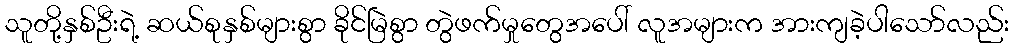
သူတို့နှစ်ဦးရဲ့ ဆယ်စုနှစ်များစွာ ခိုင်မြဲစွာ တွဲဖက်မှုတွေအပေါ် လူအများက အားကျခဲ့ပါသော်လည်း